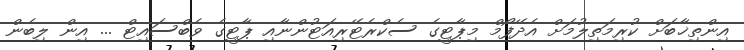
އިންތިޚާބަށް ކުރިމަތިލުމަށް އެދޭފޯމް މިޕާޓީގެ ސެކްރެޓޭރިއަޓުންނާއި ޕާޓީގެ ވެބްސައިޓް ... އިން ލިބެން